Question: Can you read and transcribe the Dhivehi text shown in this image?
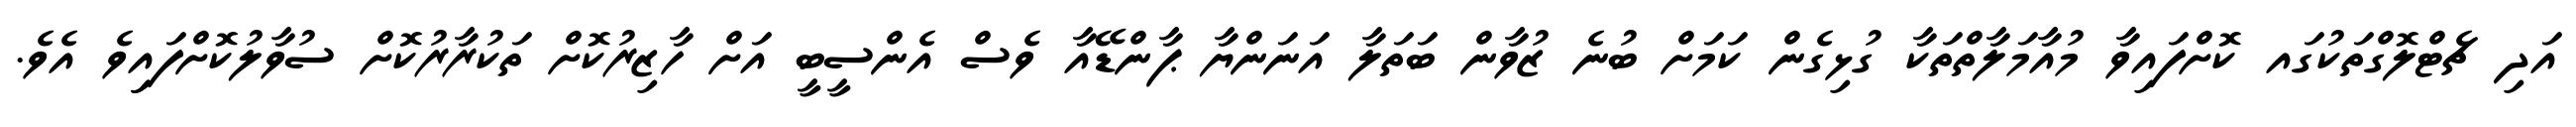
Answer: އަދި ޗެޓްލޮގްތަކުގައ ކޮށްފައިވާ މުއާމަލާތްތަކާ ގުޅިގެން ކަމަށް ބުނެ ޒުވާން ބަތަލާ އަނަންޔާ ޕާންޑޭއާ ވެސް އެންސީބީ އަށް ހާޒިރުކޮށް ތަކުރާރުކޮށް ސުވާލުކޮށްފައިިވެ އެވެ.